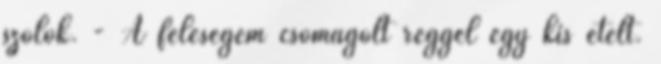
szólok. - A feleségem csomagolt reggel egy kis ételt.